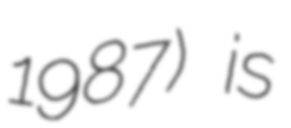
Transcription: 1987) is